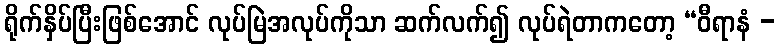
ရိုက်နှိပ်ပြီးဖြစ်အောင် လုပ်မြဲအလုပ်ကိုသာ ဆက်လက်၍ လုပ်ရဲတာကတော့ “ဝီရာနံ -